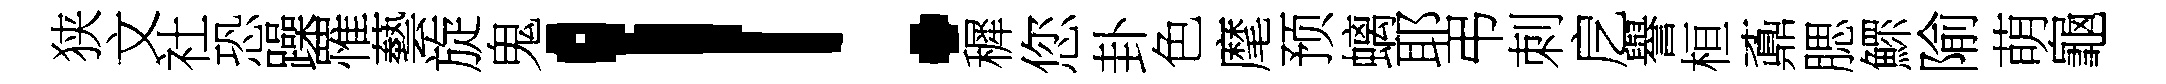
狭文社恐躁罹藝旋鬼！穉您卦色麾预螭耶弔刺戹譽桓鼒腮鰥隃萌龜